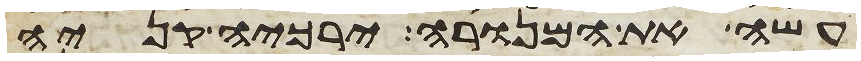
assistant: עשה את המנורה ירכיה קניה